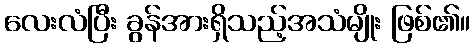
လေးလံပြီး ခွန်အားရှိသည့်အသံမျိုး ဖြစ်၏။